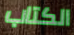
الكتاب